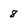
Character: 8